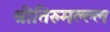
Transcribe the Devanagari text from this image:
श्रीतिरुमल्ल्ल